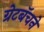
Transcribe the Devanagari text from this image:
ग्रेटबॅचने